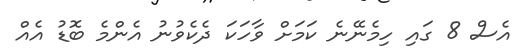
އެސް 8 ގައި ހިމެނޭނެ ކަމަށް ވާހަކަ ދެކެވުނު އެންމެ ބޮޑު އެއް